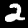
Digit: 2